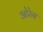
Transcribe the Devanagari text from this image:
ओरेय